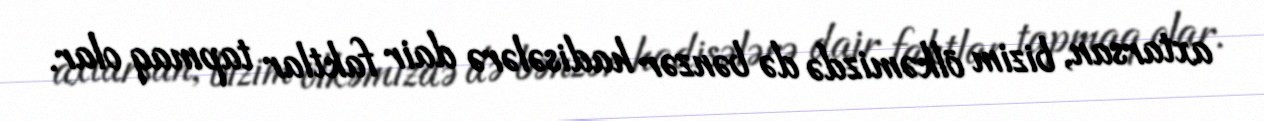
axtarsan, bizim ölkəmizdə də bənzər hadisələrə dair faktlar tapmaq olar.